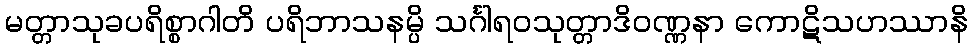
မတ္တာသုခပရိစ္စာဂါတိ ပရိဘာသနမ္ပိ သင်္ဂါရဝသုတ္တာဒိဝဏ္ဏနာ ကောဋိသဟဿာနိ